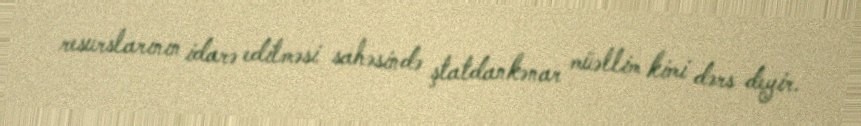
resurslarının idarə edilməsi sahəsində ştatdankənar müəllim kimi dərs deyir.